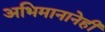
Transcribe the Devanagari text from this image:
अभिमानानेही